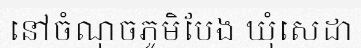
នៅចំណុចភូមិបែង ឃុំសេដា